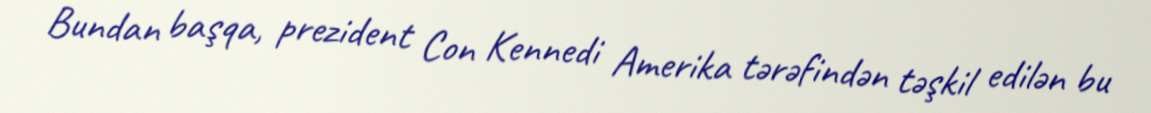
Bundan başqa, prezident Con Kennedi Amerika tərəfindən təşkil edilən bu